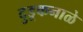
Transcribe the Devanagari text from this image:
दुडूकनाळे